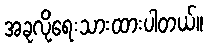
အခုလိုရေးသားထားပါတယ်။